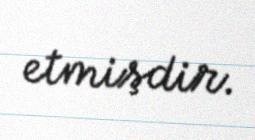
etmişdir.